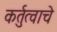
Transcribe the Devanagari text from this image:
कर्तुत्वाचे